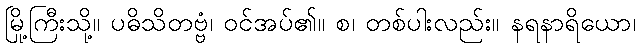
မြို့ကြီးသို့။ ပဓိသိတဗ္ဗံ၊ ဝင်အပ်၏။ စ၊ တစ်ပါးလည်း။ နရနာရိယော၊